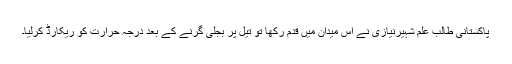
پاکستانی طالب علم شہيرنيازی نے اس ميدان ميں قدم رکھا تو تيل پر بجلی گرنے کے بعد درجہ حرارت کو ريکارڈ کرليا۔